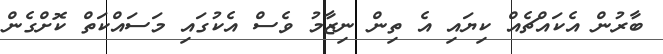
ބާރުން އެކައްޗެއް ކިޔައި އެ ތިން ނިޒާމު ވެސް އެކުގައި މަސައްކަތް ކޮށްގެން